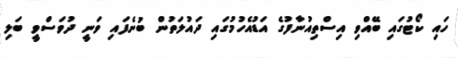
ހައި ކޯޓުގައި ބޭއްވި އިސްތިއުނާފުގެ އަޑުއެހުމުގައި ދައުލަތުން ބުނެފައި ވަނީ ދުވަސްވީ ބަލި